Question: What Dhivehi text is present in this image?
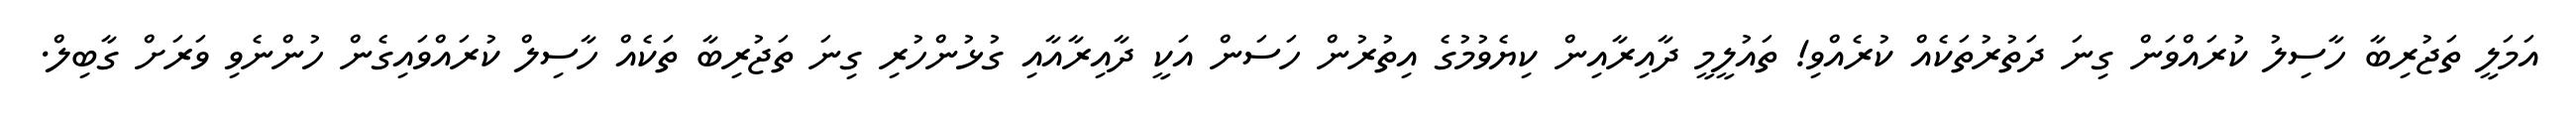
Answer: އަމަލީ ތަޖުރިބާ ހާސިލު ކުރައްވަން ގިނަ ދަތުރުތަކެއް ކުރެއްވި! ތައުލީމީ ދާއިރާއިން ކިޔެވުމުގެ އިތުރުން ހަސަން އަކީ ދާއިރާއާއި ގުޅުންހުރި ގިނަ ތަޖުރިބާ ތަކެއް ހާސިލް ކުރައްވައިގެން ހުންނެވި ވަރަށް ގާބިލް.